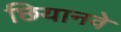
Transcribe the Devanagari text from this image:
छियानवे